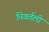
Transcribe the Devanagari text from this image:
निवर्तली